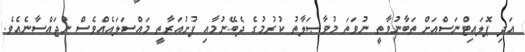
އަދި ޕޮލައިޓްނަސްއަށް ތަބާނުވާތީ ނުވަތަ މުވާޞަލާތު ކުރުމުގެ ދެބޭނުމާއި ފުށުއަރާތީ މައްސަލައެއްވެސް ނުޖައްސާނެއެވެ.